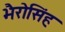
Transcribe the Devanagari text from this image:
भैरोसिंह